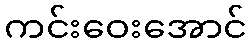
ကင်းဝေးအောင်